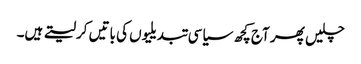
چلیں پھر آج کچھ سیاسی تبدیلیوں کی باتیں کرلیتے ہیں۔